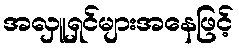
အလှူရှင်များအနေဖြင့်